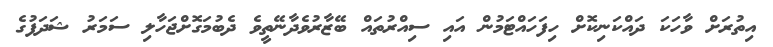
އިތުރަށް ވާހަކަ ދައްކަނިކޮށް ހިފަހައްޓަމުން އައި ސިއްރުތައް ބޭޒާރުވެދާނޭތީވެ ދެބުމަގޮށްޖަހާލި ސަމަރު ޝަދަފުގެ